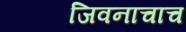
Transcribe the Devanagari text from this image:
जिवनाचाच